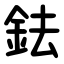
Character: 鉣